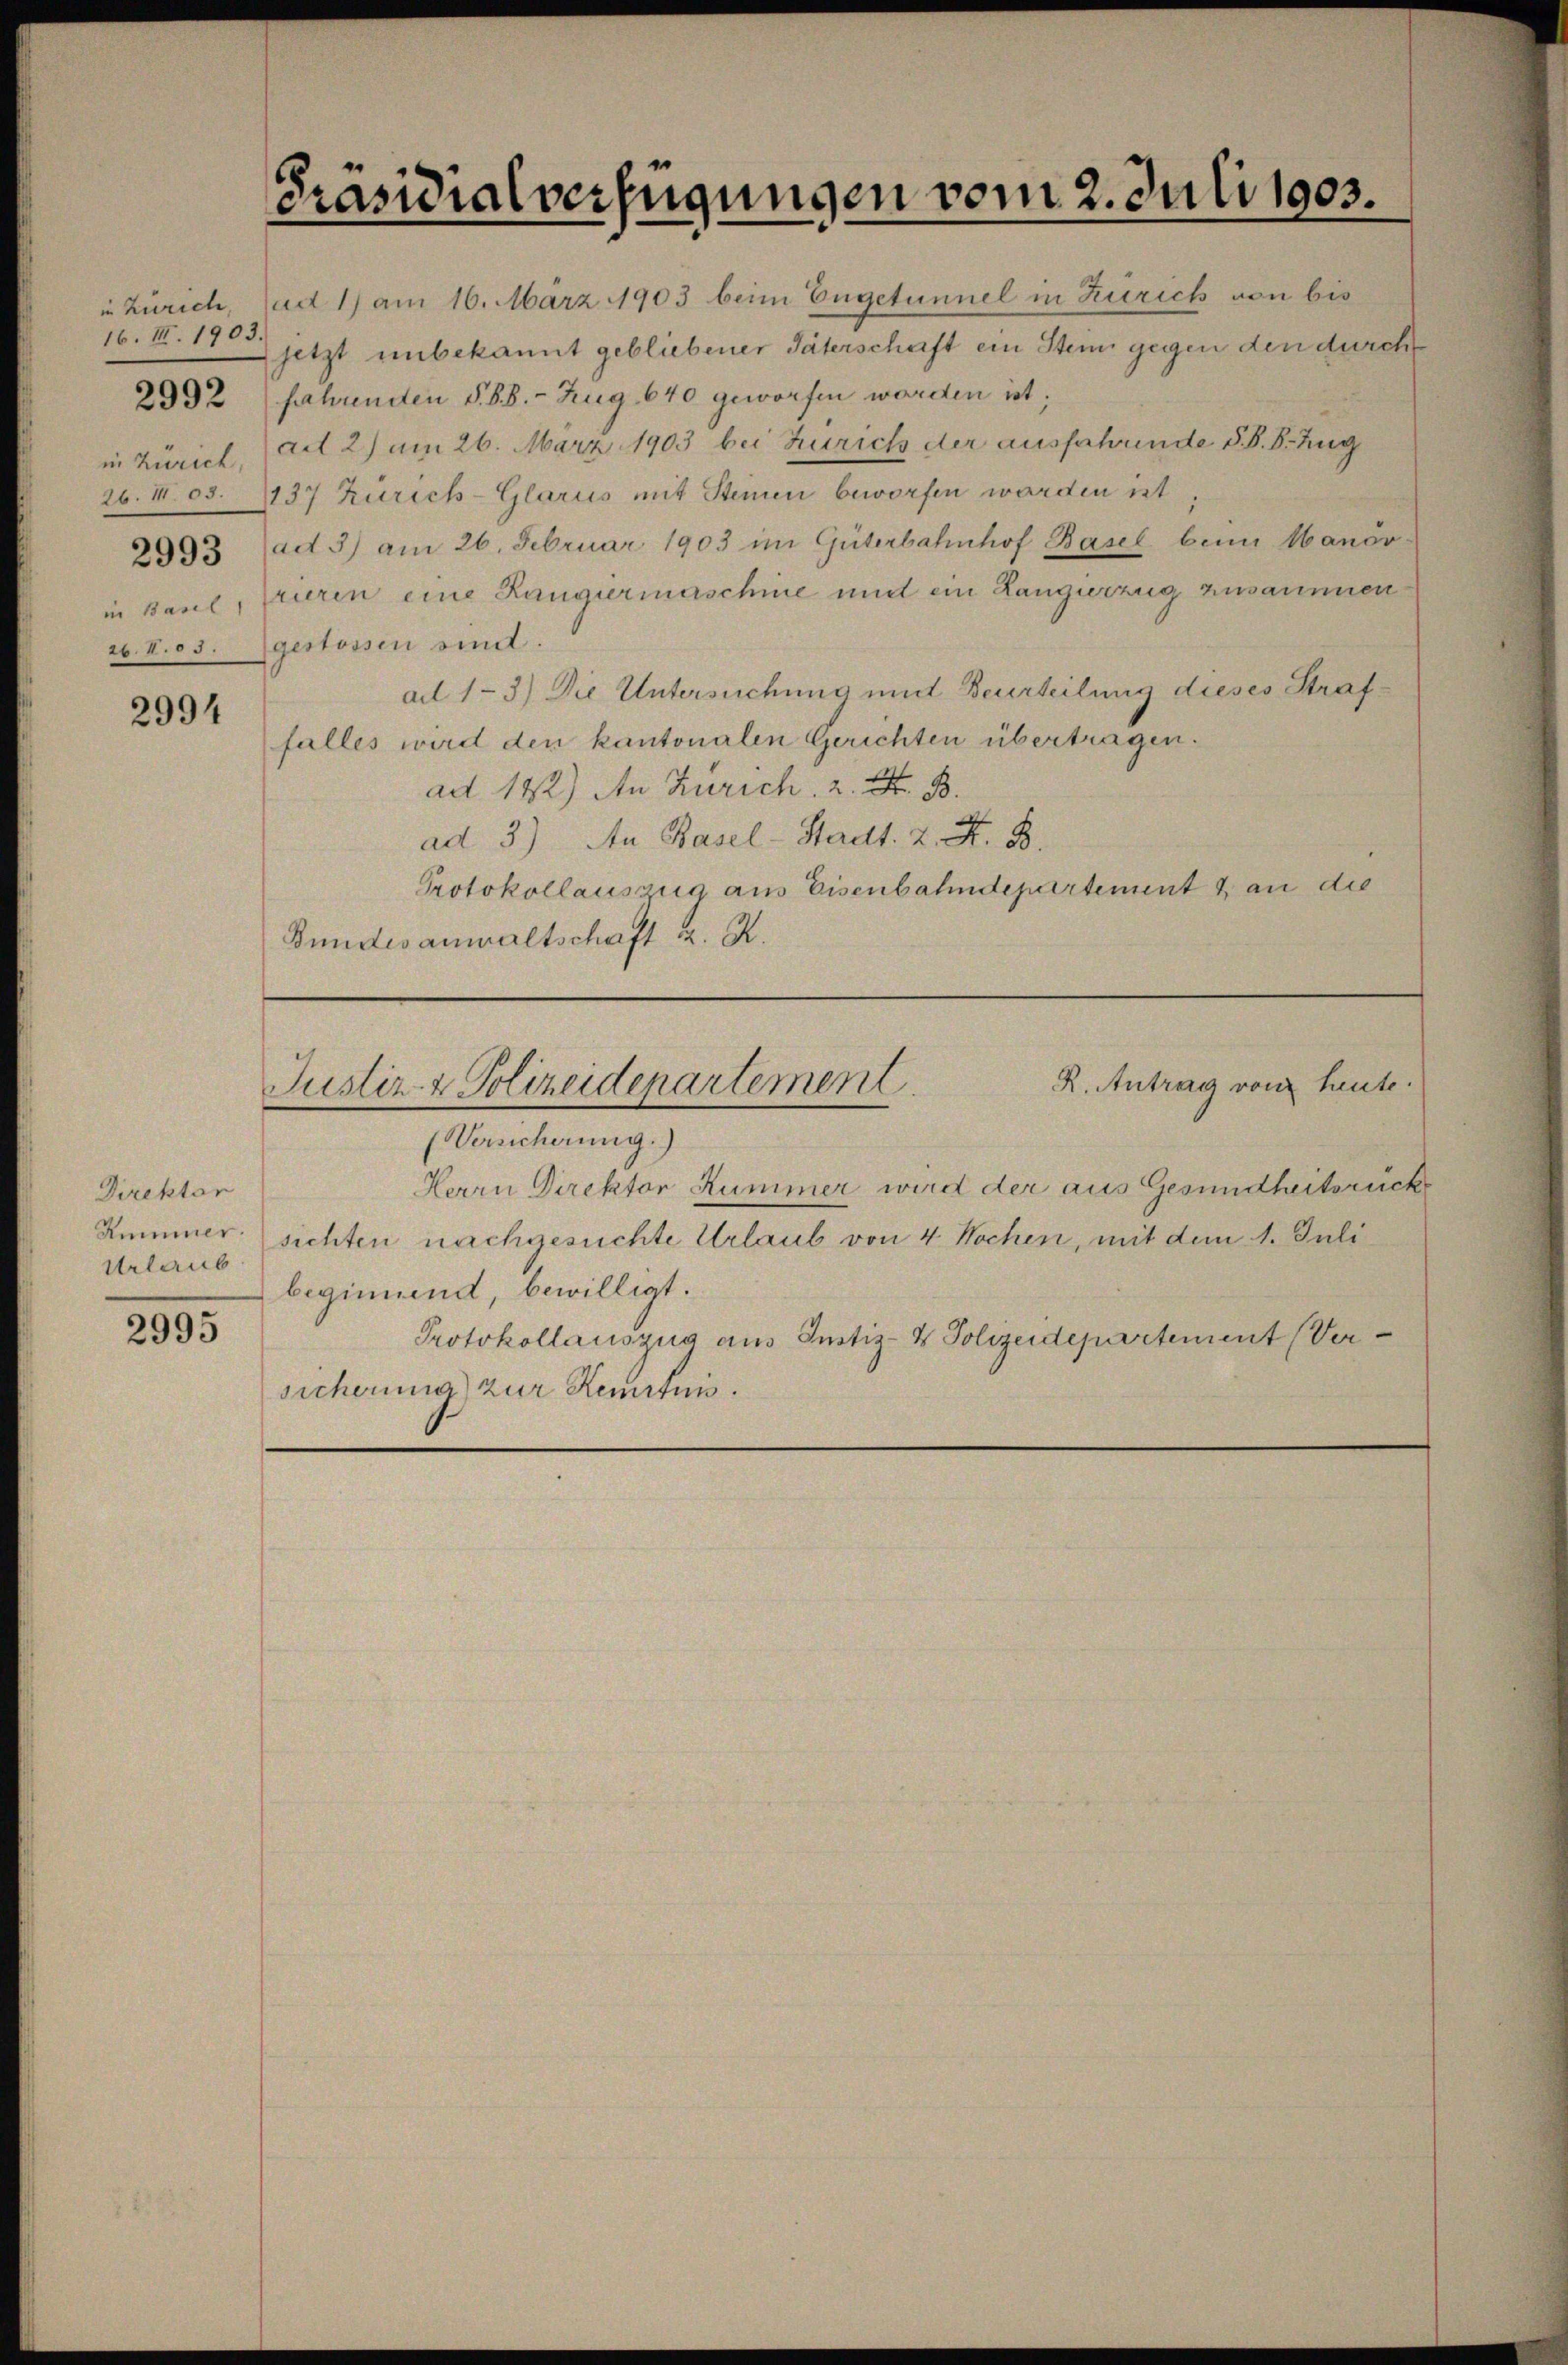
16. III. 1903.

2994

Direktor
Urlaub

2995

Präsidialverfügungen vom 2. Juli 1903.
in Zürich, sudt 1) am 16. März 1903 beim Engetünnel in Zürich von bis

jetzt unbekannt gebliebener Täterschaft ein Stein gegen den durch
2992 (Jahrenden S. 88. - Zug 640 geworfen worden ist;
in Zürich, (art 2) am 26. März 1903 bei Zürich der ausfahrende §. 8. B. Zug
26. 105. 7137 Zürich-Glarus mit Steinen beworfen worden ist
2993 (ad 3) am 26. Februar 1903 im Güterbahnhof Basel beim Manöv
in Baul, frurin eine Rangiermaschine und ein Langierzug zusammen
26. N. 85. gestossen sind.
ad 1-3) Die Untersuchung und Beurteilung dieses Straffalles wird den kantonalen Gerichten übertragen.
ad 142) An Zürich. 2. F. B
ad 3) An Basel-Stadt. 2. K. B.
Protokollauszug aus Eisenbahndepartement & an die
Bundesanwaltschaft u. R.

R. Antrag von heute.
Justiz- & Polizeidepartement

(Versicherung.)
Herrn Direktor Kummer wird der aus Gesundheitsrücke
Kummer sichten nachgesuchte Urlaub von 4 Wochen, mit dem 1. Juli
beginnend, bewilligt.
Protokollauszug aus Justiz- & Polizeidepartement (Versicherung) zur Kenntnis.